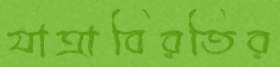
যাত্রাবিরতির